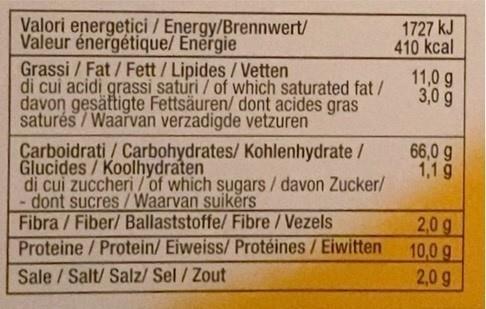
Valori energetici / Energy/Brennwert/ Valeur énergétique/ Eněrgie Grassi / Fat / Fett/Lipides/Vetten di cui acidi grassi saturi / of which saturated fat/ davon gesättigte Fettsäuren/ dont acides gras saturés / Waarvan verzadigde vetzuren
1727 kJ 410 kcal
11,0 g 3,0 g
Carboidrati / Carbohydrates/ Kohlenhydrate / Glucides/Koolhydraten di cui zuccheri /of which sugars/davon Zucker/ dont sucres/Waarvan suikërs Fibra / Fiber/ Ballaststoffe/ Fibre /Vezels
66,0 g 1,1 g
Proteine/Protein/ Eiweiss/ Protéines/Eiwitten Sale / Salt/ Salz/ Sel/Zout
2,0g 10,0 g 2,0 g